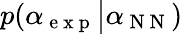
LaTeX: p(\alpha_{\mathrm{~e~x~p~}}\big|\alpha_{\mathrm{~N~N~}})